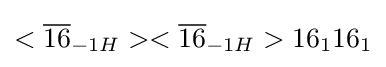
<{\overline {16}}_{-1H}><{\overline {16}}_{-1H}>16_{1}16_{1}